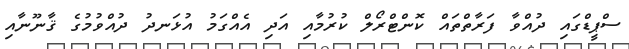
ސްޕީޑްގައި ދުއްވާ ފަރާތްތައް ކޮންޓްރޯލް ކުރުމާއި އަދި އެއްގަމު އުޅަނދު ދުއްވުމުގެ ޤާނޫނާއި